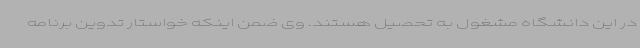
در این دانشگاه مشغول به تحصیل هستند. وی ضمن اینکه خواستار تدوین برنامه